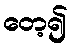
တေ့၍